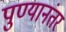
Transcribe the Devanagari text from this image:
पुण्यानंतर